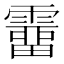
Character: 𩅸